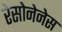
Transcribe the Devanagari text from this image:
रेसोनेनेस